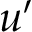
u ^ { \prime }